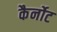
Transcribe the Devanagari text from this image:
कैर्नोट